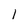
Character: 1